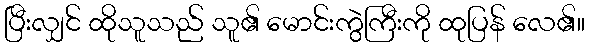
ပြီးလျှင် ထိုသူသည် သူ၏ မောင်းကွဲကြီးကို ထုပြန် လေ၏။